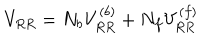
V _ { R R } = N _ { b } V _ { R R } ^ { ( b ) } + N _ { f } V _ { R R } ^ { ( f ) }